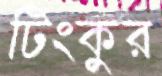
টিংকুর